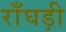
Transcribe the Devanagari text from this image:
राँघड़ी